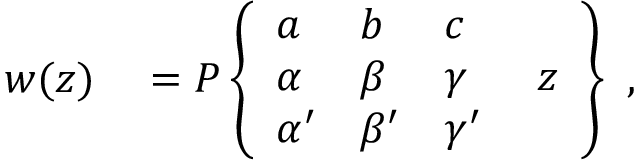
{ \begin{array} { r l } { w ( z ) } & { { } = P \left\{ { \begin{array} { l l l l } { a } & { b } & { c } & { } \\ { \alpha } & { \beta } & { \gamma } & { \; z } \\ { \alpha ^ { \prime } } & { \beta ^ { \prime } } & { \gamma ^ { \prime } } & { } \end{array} } \right\} } \end{array} } ,